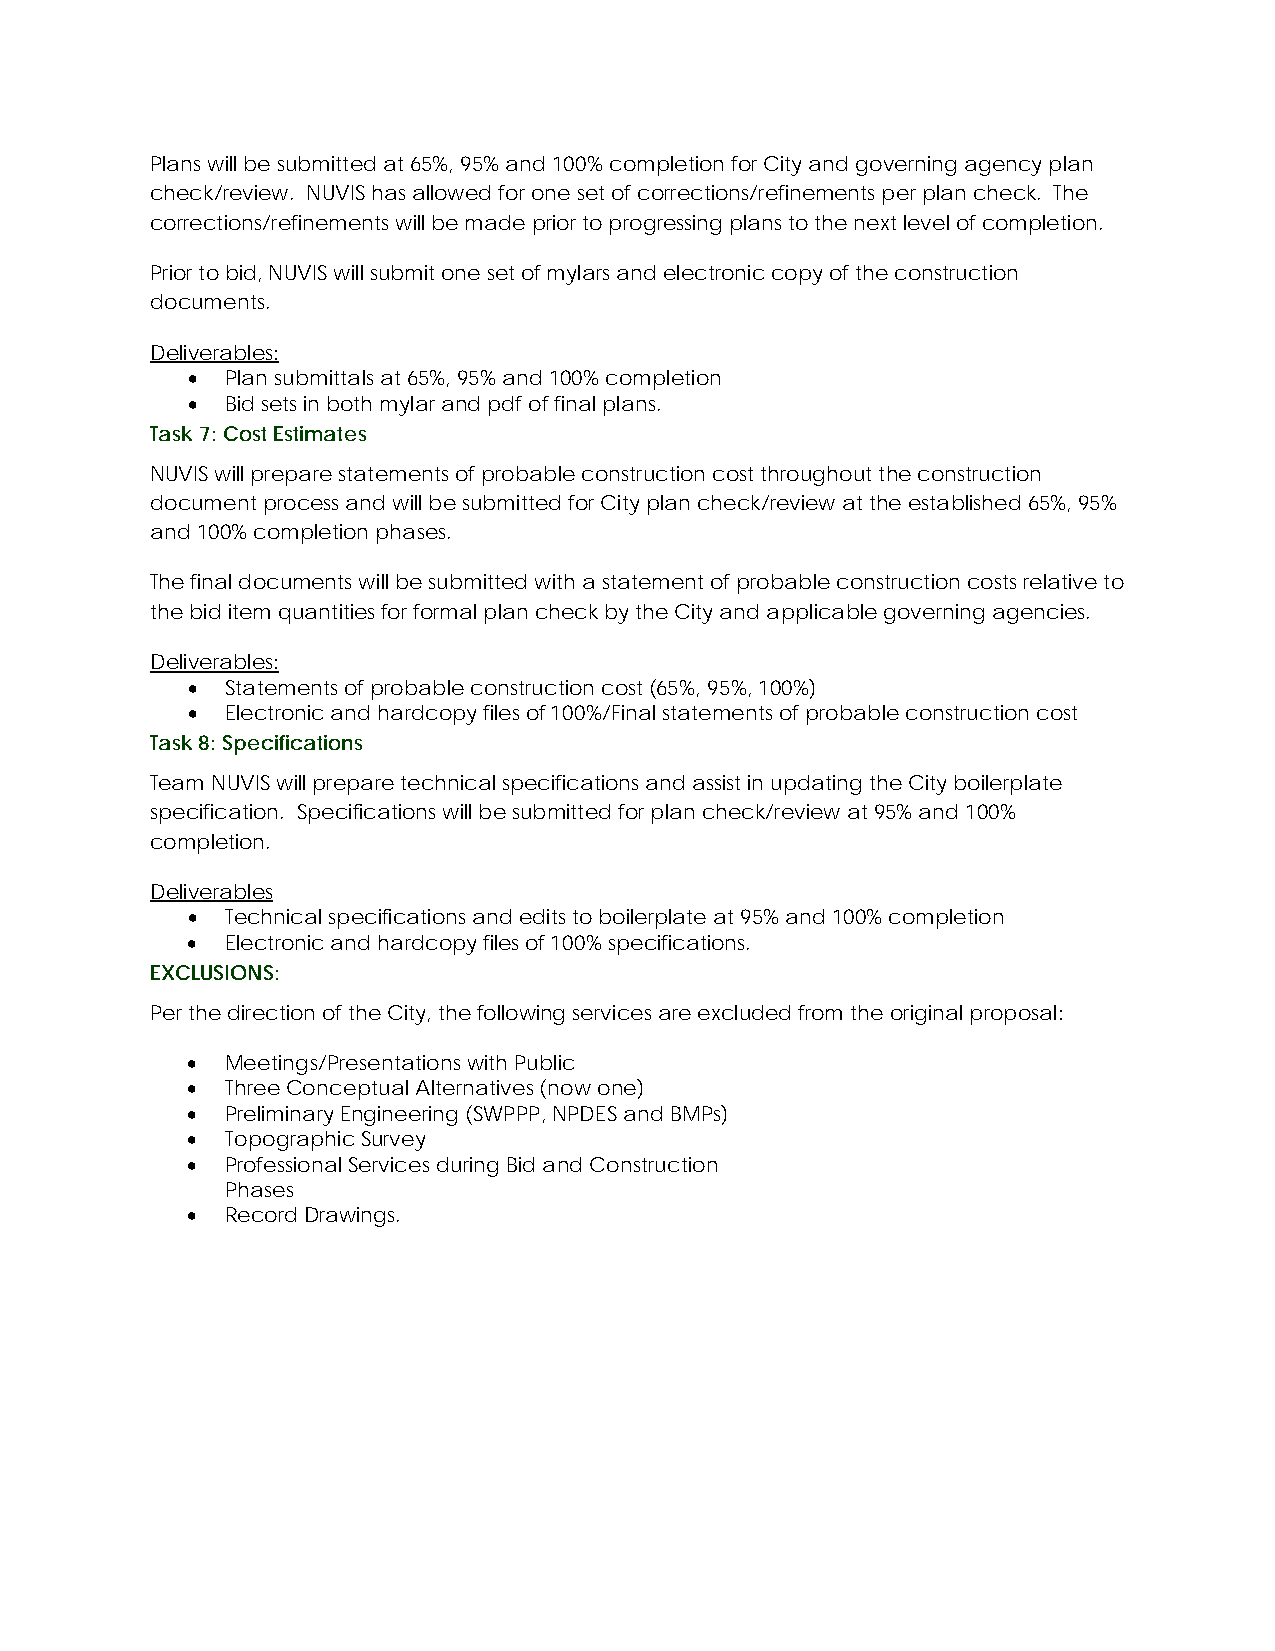
Plans will be submitted at 65%, 95% and 100% completion for City and governing agency plan
 check/review. NUVIS has allowed for one set of corrections/refinements per plan check. The
 corrections/refinements will be made prior to progressing plans to the next level of completion.
 Prior to bid, NUVIS will submit one set of mylars and electronic copy of the construction
 documents.
 Deliverables:
 •  Plan submittals at 65%, 95% and 100% completion
 •  Bid sets in both mylar and pdf of final plans.
 Task 7: Cost Estimates
 NUVIS will prepare statements of probable construction cost throughout the construction
 document process and will be submitted for City plan check/review at the established 65%, 95%
 and 100% completion phases.
 The final documents will be submitted with a statement of probable construction costs relative to
 the bid item quantities for formal plan check by the City and applicable governing agencies.
 Deliverables:
 •  Statements of probable construction cost (65%, 95%, 100%)
 •  Electronic and hardcopy files of 100%/Final statements of probable construction cost
 Task 8: Specifications
 Team NUVIS will prepare technical specifications and assist in updating the City boilerplate
 specification. Specifications will be submitted for plan check/review at 95% and 100%
 completion.
 Deliverables
 •  Technical specifications and edits to boilerplate at 95% and 100% completion
 •  Electronic and hardcopy files of 100% specifications.
 EXCLUSIONS:
 Per the direction of the City, the following services are excluded from the original proposal:
 •  Meetings/Presentations with Public
 •  Three Conceptual Alternatives (now one)
 •  Preliminary Engineering (SWPPP, NPDES and BMPs)
 •  Topographic Survey
 •  Professional Services during Bid and Construction
 Phases
 •  Record Drawings.